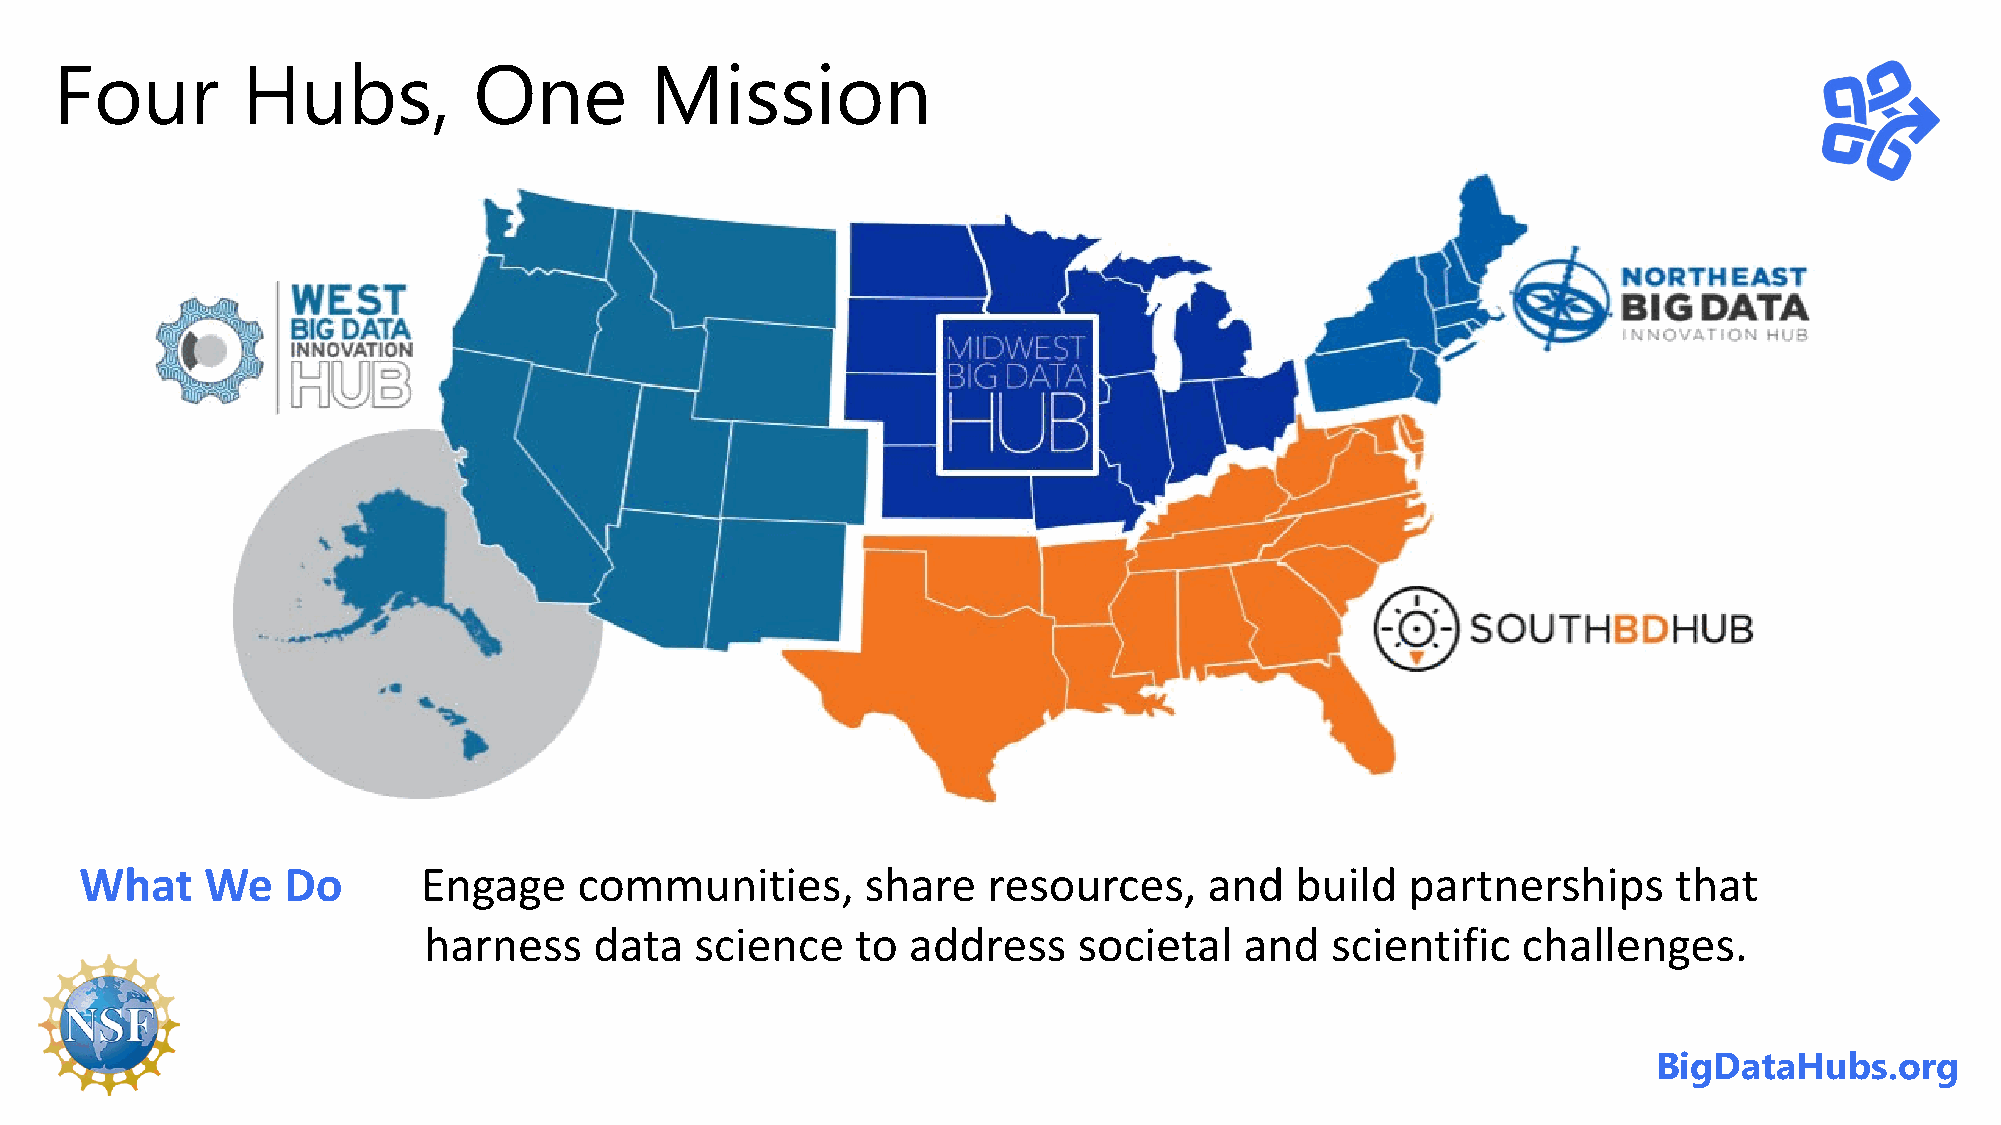
Four        Hubs,          One         Mission
 What     We   Do       Engage    communities,       share   resources,     and   build  partnerships      that
 harness    data   science    to address    societal   and   scientific   challenges.
 BigDataHubs.org